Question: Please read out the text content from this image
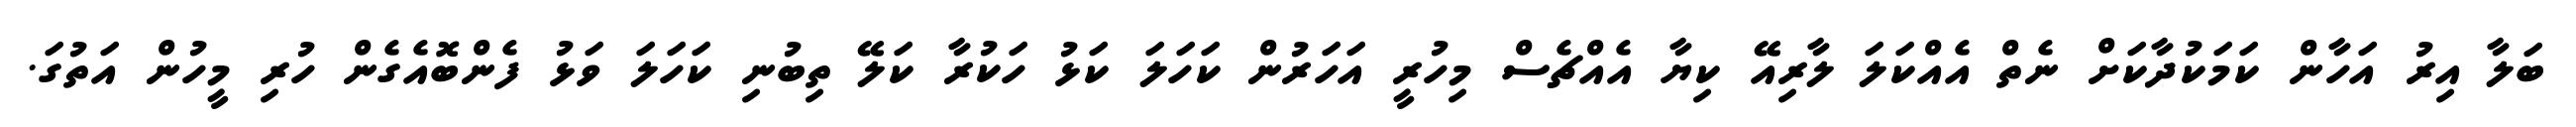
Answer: ބަލާ އިރު އަހާން ކަމަކުދާކަށް ނެތް އެއްކަލަ ލާރިއޭ ކިޔާ އެއްޗެސް މިހުރީ އަހަރުން ކަހަލަ ކަޅު ހަކުރާ ކަލޭ ތިބުނި ކަހަލަ ވަޅު ފެންބޮއެގެން ހުރި މީހުން އަތުގަ.